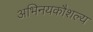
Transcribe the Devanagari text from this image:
अभिनयकौशल्य